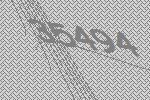
35494